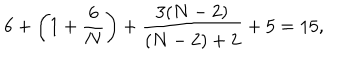
6 + \left( 1 + \frac 6 N \right) + \frac { 3 ( N - 2 ) } { ( N - 2 ) + 2 } + 5 = 1 5 ,